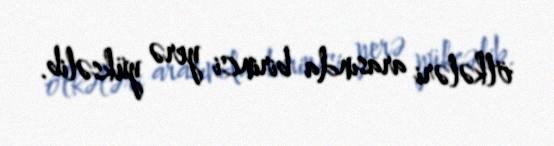
ölkələri arasında birinci yerə yüksəlib.